Leaving Certificate Examination (including Day School Certificate (Higher) General paper), 1929
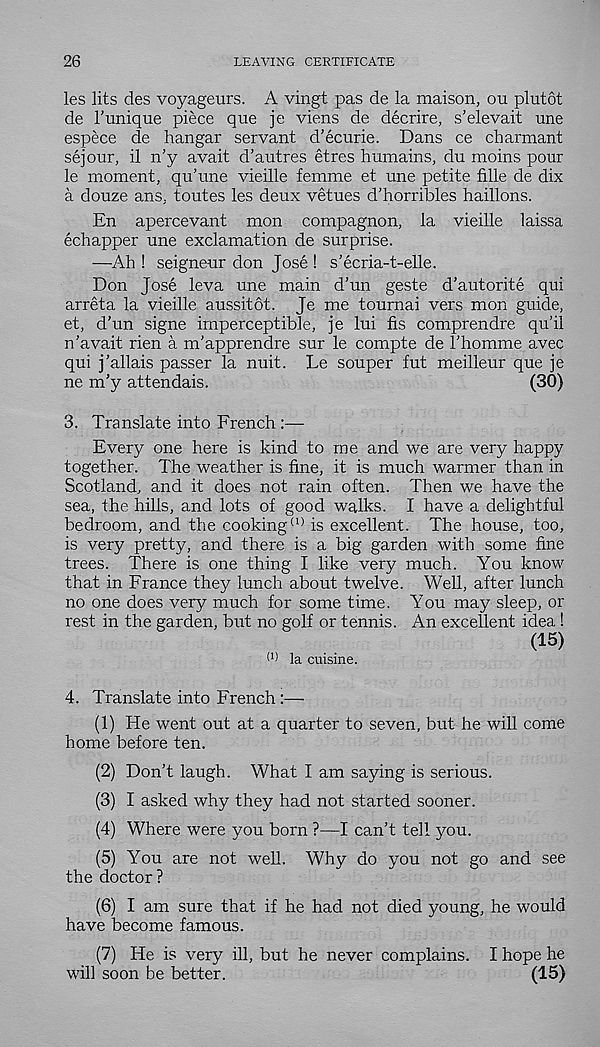
26
LEAVING CERTIFICATE
les lits des voyageurs. A vingt pas de la maison, on plutot
de 1’unique piece que je viens de decrire, s’elevait une
espece de hangar servant d’ecurie. Dans ce charmant
sejour, il n’y avait d’autres etres humains, du moins pour
le moment, qu’une vieille femme et une petite fille de dix
a douze ans, toutes les deux vetues d’horribles haillons.
En apercevant mon compagnon, la vieille laissa
echapper une exclamation de surprise.
—Ah ! seigneur don Jose ! s’ecria-t-elle.
Don Jose leva une main d’un geste d’autorite qui
arreta la vieille aussitot. Je me tournai vers mon guide,
et, d’un signe imperceptible, je lui fis comprendre qu’il
n’avait rien a m’apprendre sur le compte de I’homme avec
qui j’allais passer la nuit. Le souper fut meilleur que je
ne m’y attendais.
(30)
3. Translate into French :—
Every one here is kind to me and we are very happy
together. The weather is fine, it is much warmer than in
Scotland, and it does not rain often. Then we have the
sea, the hills, and lots of good walks. I have a delightful
bedroom, and the cooking (I) is excellent. The house, too,
is very pretty, and there is a big garden with some fine
trees. There is one thing I like very much. You know
that in France they lunch about twelve. Well, after lunch
no one does very much for some time. You may sleep, or
rest in the garden, but no golf or tennis. An excellent idea !
(15)
(1) la cuisine.
4. Translate into French :—
(1) He went out at a quarter to seven, but he will come
home before ten.
(2) Don’t laugh. What I am saying is serious.
(3) I asked why they had not started sooner.
(4) Where were you born ?—I can’t tell you.
(5) You are not well. Why do you not go and see
the doctor?
(6) I am sure that if he had not died young, he would
have become famous.
(7) He is very ill, but he never complains. I hope he
will soon be better.
(15)